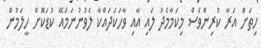
ހިތަށް އަރާ ކުރިންވެސް މިކަމާމެދު ލައި އާއި ވާހަކަދައްކާ ލެވުނުނަމައޭ ކުޑަކޮށް ހީލަމުން